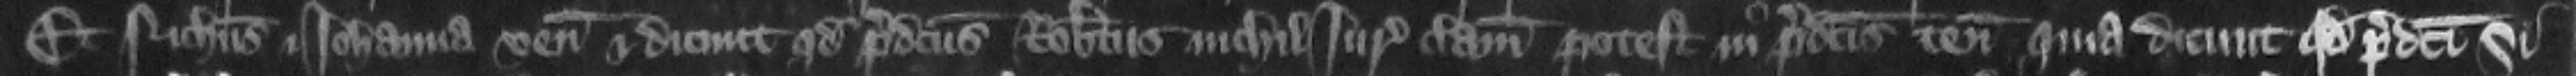
Et Nicholaus et Iohanna veniunt et dicunt quod predictus Robertus nichil juris clamare potest in predictis tenementis. Quia dicunt quod predicti Si